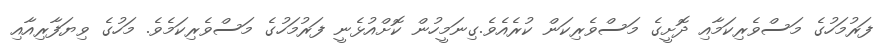
ފަރުމަހުގެ މަސްވެރިކަމާއި ދޮށީގެ މަސްވެރިކަން ކުރެއެވެ.ގިނަމީހުން ކޮށްއުޅެނީ ފަރުމަހުގެ މަސްވެރިކަމެވެ. މަހުގެ ވިޔަފާރިއާއި